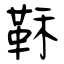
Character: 鞂